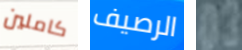
كاملين الرصيف 03